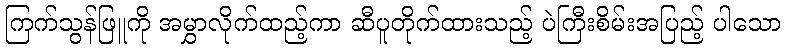
ကြက်သွန်ဖြူကို အမွှာလိုက်ထည့်ကာ ဆီပူတိုက်ထားသည့် ပဲကြီးစိမ်းအပြည့် ပါသော